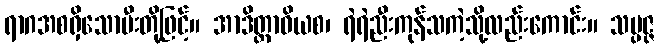
ရာဂအစရှိသောမီးတို့ဖြင့်။ အာဒိတ္တာဝိယစ၊ ရဲရဲညီးကုန်သကဲ့သို့လည်းကောင်း။ သမ္ပဇ္ဇ